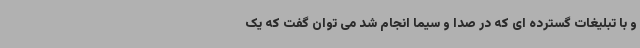
و با تبلیغات گسترده ای که در صدا و سیما انجام شد می توان گفت که یک